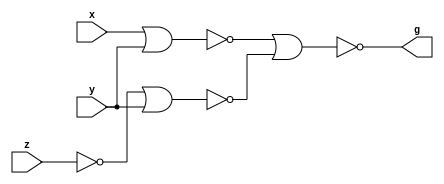
module q3_1(x,y,z,g);
input x,y,z;
output g;
nor(f1,x,y);
not(z1,z);
nor(f2,z1,y);
nor(g,f1,f2);
endmodule